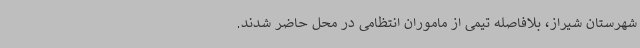
شهرستان شیراز، بلافاصله تیمی از ماموران انتظامی در محل حاضر شدند.